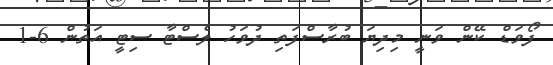
ފޯވަޑް ކޭން ވަނީ މިދިޔަ ބުރާސްފަތި ދުވަހު ލެސްޓާ ސިޓީ އަތުން 6-1